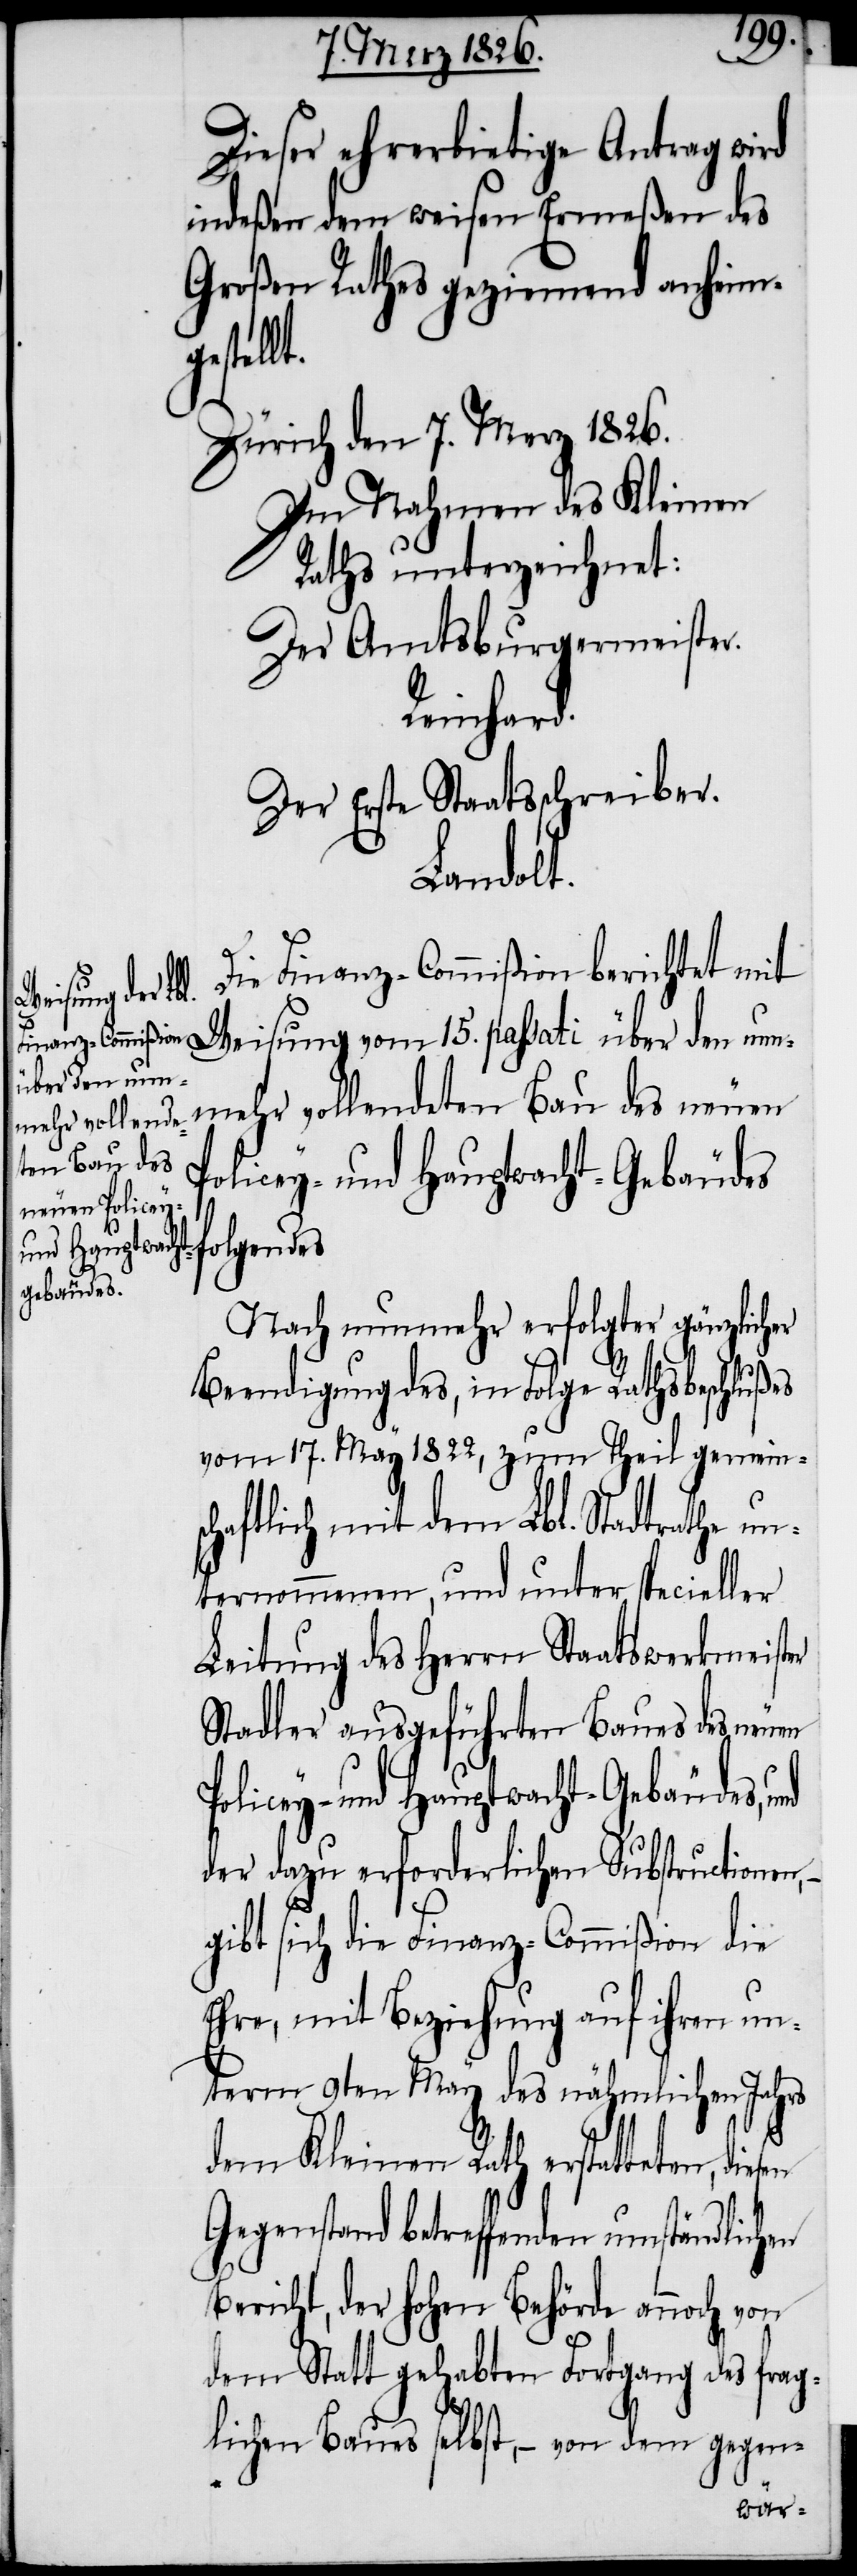
gestellt.

Dieser ehrerbietige Antrag wird
indeßen dem weisen Ermeßen des
Großen Rathes geziemend anheim¬
Zürich den 7. Merz 1826.
Im Nahmen des Kleinen
Rathes unterzeichnet:
Der Amtsburgermeister.
Reinhard.
Der Erste Staatsschreiber.
Landolt.
Die Finanz-Commißion berichtet mit
Weisung vom 15. passati über den nun¬
mehr vollendeten Bau des neuen
Policey- und Hauptwacht-Gebäudes,
Nach nunmehr erfolgter gänzlicher
Beendigung des, in Folge Rathsbeschlußes
vom 17. May 1822, zum Theil gemeins¬
chaftlich mit dem Lbl. Stadtrathe un¬
ternommenen, und unter specieller
Leitung des Herrn Staatswerkmeister
Stadler ausgeführten Baues des neuen
der dazu erforderlichen Substructionen,
gibt sich die Finanz-Commißion die
Ehre, mit Beziehung auf ihren un¬
term 9ten May des nähmlichen Jahrs
dem Kleinen Rath erstatteten,
Gegenstand betreffenden umständlichen
Bericht, der hohen Behörde annoch von
dem Statt gehabten Fortgang des frag¬
lichen Baues selbst, – von dem gegen-